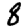
Digit: 8